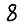
Digit: 8